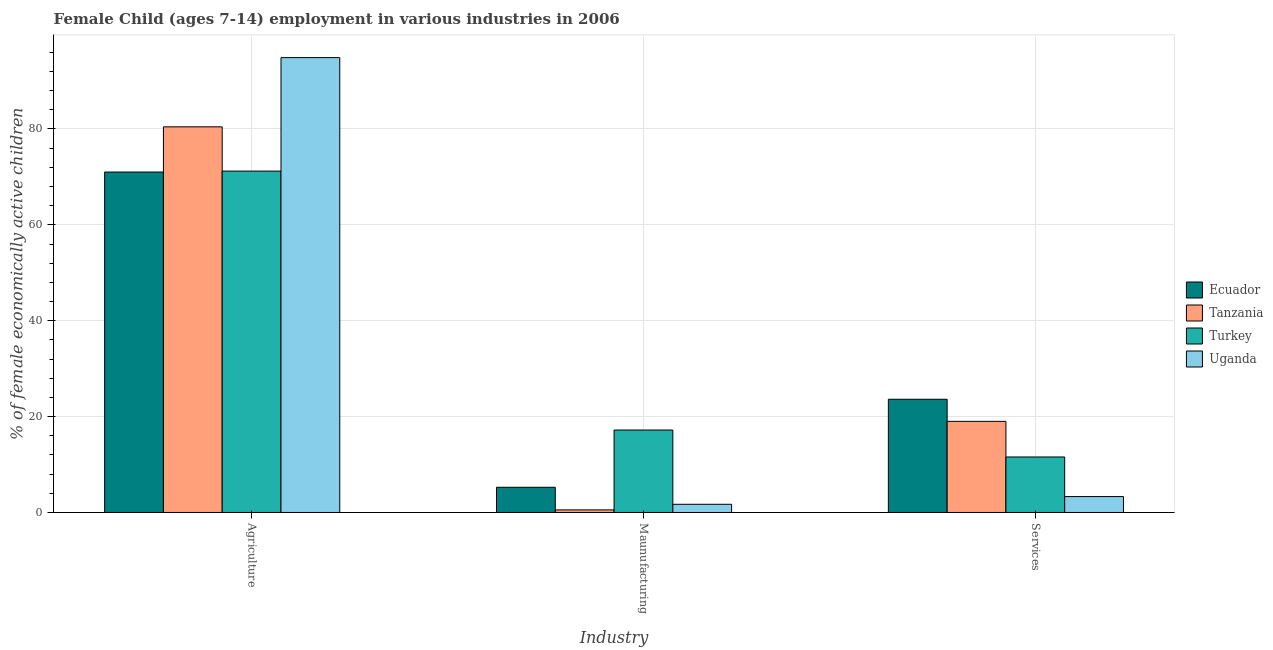
| Industry | Ecuador | Tanzania | Turkey | Uganda |
 | --- | --- | --- | --- | --- |
 | Agriculture | 71 | 80.5 | 71.2 | 94.9 |
 | Maunufacturing | 5.26 | 0.54 | 17.2 | 1.71 |
 | Services | 23.6 | 19 | 11.6 | 3.32 |